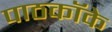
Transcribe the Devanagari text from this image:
पाठकॉके